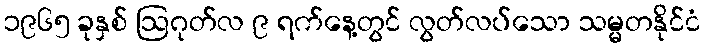
၁၉၆၅ ခုနှစ် ဩဂုတ်လ ၉ ရက်နေ့တွင် လွတ်လပ်သော သမ္မတနိုင်ငံ